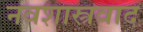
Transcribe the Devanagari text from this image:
नवशास्त्रवाद